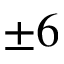
\pm 6